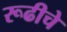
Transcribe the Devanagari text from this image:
रूढीचे